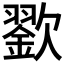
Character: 𣤪